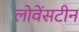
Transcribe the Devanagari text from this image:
लोवेंसटीन